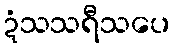
ဍံသသရီသပေ